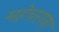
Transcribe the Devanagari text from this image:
महेचराना